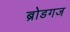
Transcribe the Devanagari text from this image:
ब्रोडगज